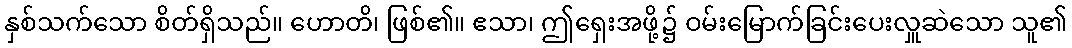
နှစ်သက်သော စိတ်ရှိသည်။ ဟောတိ၊ ဖြစ်၏။ ဧသာ၊ ဤရှေးအဖို့၌ ဝမ်းမြောက်ခြင်းပေးလှူဆဲသော သူ၏